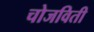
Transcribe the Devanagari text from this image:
चोजविती